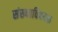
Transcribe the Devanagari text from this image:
संख्याविषयक